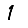
Digit: 1